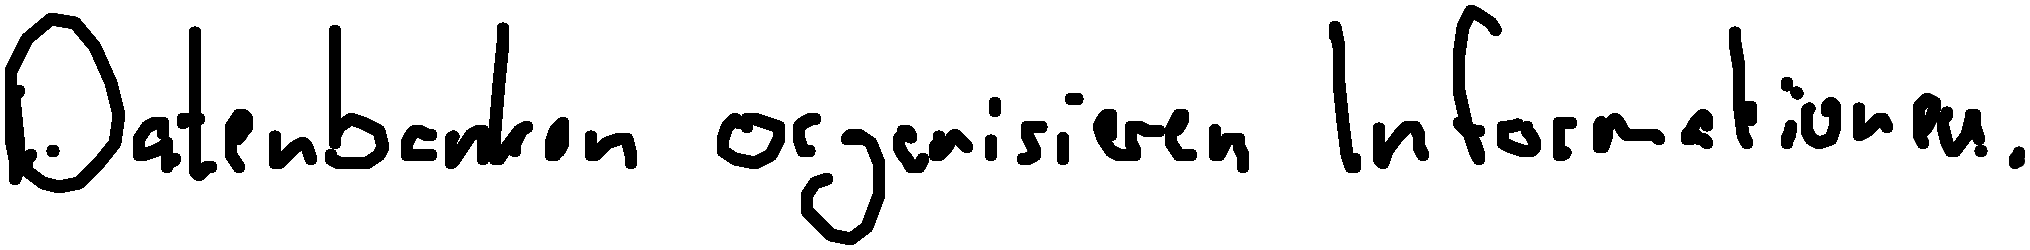
Datenbanken organisieren Informationen.